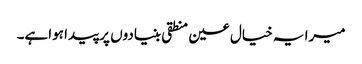
میرا یہ خیال عین منطقی بنیادوں پر پیدا ہواہے۔